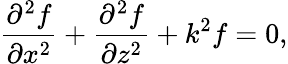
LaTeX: \frac{\partial^{2}f}{\partial{x^{2}}}+\frac{\partial^{2}f}{\partial{z^{2}}}+k^{2}f=0,